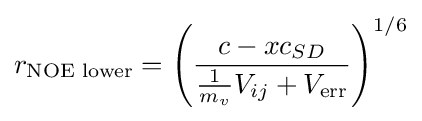
r_{\text{NOE lower}}=\left({\frac {c-xc_{SD}}{{\frac {1}{m_{v}}}V_{ij}+V_{\rm {err}}}}\right)^{1/6}